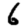
Digit: 6